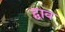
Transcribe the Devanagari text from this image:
द्वाव